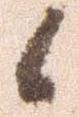
候